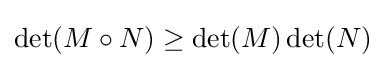
\det(M\circ N)\geq \det(M)\det(N)